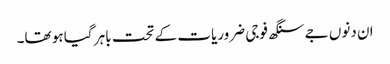
ان دنوں جے سنگھ فوجی ضروریات کے تحت باہر گیا ہو تھا۔